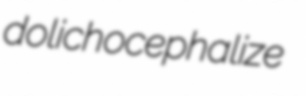
dolichocephalize